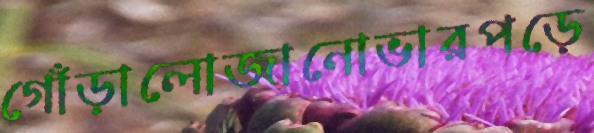
গোঁড়ালোজানোভারপড়ে